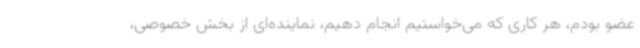
عضو بودم، هر کاری که می‌خواستیم انجام دهیم، نماینده‌ای از بخش خصوصی،